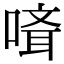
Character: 𠻎